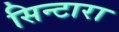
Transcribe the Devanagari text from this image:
सिन्टारा